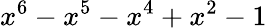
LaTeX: x^{6}-x^{5}-x^{4}+x^{2}-1